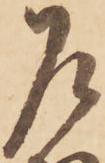
乍